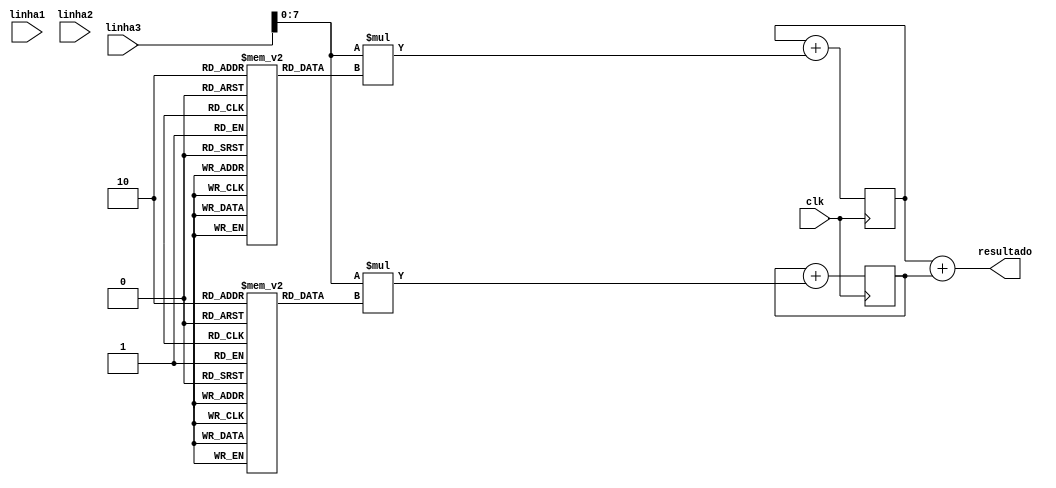
module convolucao(clk, linha1, linha2, linha3, resultado);

	input clk;
	input [23:0] linha1;
	input [23:0] linha2;
	input [23:0] linha3;
	output [7:0] resultado;
	
	reg signed kernel_h_0 [0:2];
	reg signed kernel_h_1 [0:2];
	reg signed kernel_h_2 [0:2];
	
	reg signed kernel_v_0 [0:2];
	reg signed kernel_v_1 [0:2];
	reg signed kernel_v_2 [0:2];
		
	reg signed [7:0] vertical = 8'h0;
	reg signed [7:0] horizontal = 8'h0;
	reg [7:0] l;
	reg [7:0] c;
	
	
	initial begin
		kernel_h_0[0] = -1;
		kernel_h_0[1] = -2;
		kernel_h_0[2] = -1;
		kernel_h_1[0] = 0;
		kernel_h_1[1] = 0;
		kernel_h_1[2] = 0;
		kernel_h_2[0] = 1;
		kernel_h_2[1] = 2;
		kernel_h_2[2] = 1;
		
		kernel_v_0[0] = 1;
		kernel_v_0[1] = 0;
		kernel_v_0[2] = -1;
		kernel_v_1[0] = 2;
		kernel_v_1[1] = 0;
		kernel_v_1[2] = -2;
		kernel_v_2[0] = 1;
		kernel_v_2[1] = 0;
		kernel_v_2[2] = -1;
	end
	
	always @ (posedge clk) begin
		for(l = 0; l<3; l = l+1) begin
			for(c = 0; c<3; c = c+1) begin
			
				if(l == 0) begin
					vertical <= vertical + linha1[23 - l*8 -: 8] * kernel_h_0[c];
					horizontal <= horizontal + linha1[23 - l*8 -: 8] * kernel_v_0[c];
				end
				else if(l == 1) begin
					vertical <= vertical + linha2[23 - l*8 -: 8] * kernel_h_1[c];
					horizontal <= horizontal + linha2[23 - l*8 -: 8] * kernel_v_1[c];
				end
				else if(l == 2) begin
					vertical <= vertical + linha3[23 - l*8 -: 8] * kernel_h_2[c];
					horizontal <= horizontal + linha3[23 - l*8 -: 8] * kernel_v_2[c];
				end
				
			end
		end
	end

	assign resultado = vertical + horizontal;
	
endmodule